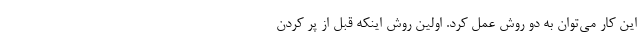
این کار می‌توان به دو روش عمل کرد. اولین روش اینکه قبل از پر کردن